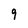
Character: 9